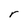
Character: r